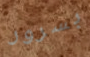
بسرور